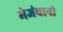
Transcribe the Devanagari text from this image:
मेजंबानी